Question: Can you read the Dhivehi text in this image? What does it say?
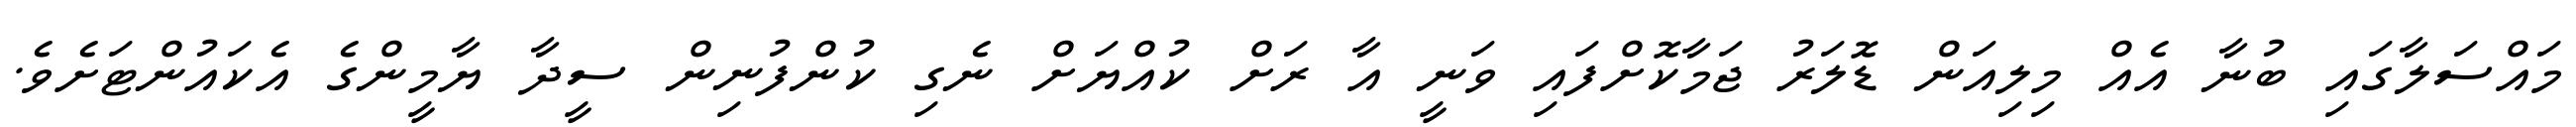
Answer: މައްސަލާގައި ބުނާ އެއް މިލިއަން ޑޮލަރު ޖަމާކޮށްފައި ވަނީ އާ ރަށް ކުއްޔަށް ނެގި ކުންފުނިން ސީދާ ޔާމީންގެ އެކައުންޓަށެވެ.